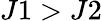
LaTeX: J1>J2